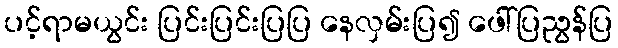
ပင့်ရာမယွင်း ပြင်းပြင်းပြပြ နေလှမ်းပြ၍ ဖေါ်ပြညွန်ပြ